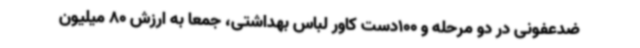
ضدعفونی در دو مرحله و 100دست کاور لباس بهداشتی، جمعا به ارزش 80 میلیون